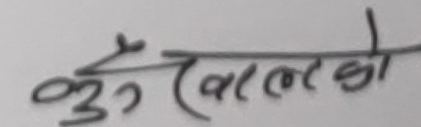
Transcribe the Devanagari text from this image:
कुतैरालकौ